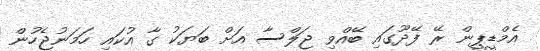
އެމްޑީޕީން ރޭ ފޭދޫގައި ބޭއްވި ޖަލްސާ އަށް ބަޔަކު ގާ އުކައި ހަމަނުޖެހުން